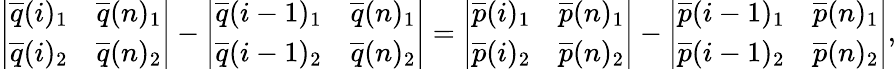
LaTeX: \left|\begin{array}{ll}{\overline{{q}}(i)_{1}}&{\overline{{q}}(n)_{1}}\\ {\overline{{q}}(i)_{2}}&{\overline{{q}}(n)_{2}}\end{array}\right|-\left|\begin{array}{ll}{\overline{{q}}(i-1)_{1}}&{\overline{{q}}(n)_{1}}\\ {\overline{{q}}(i-1)_{2}}&{\overline{{q}}(n)_{2}}\end{array}\right|=\left|\begin{array}{ll}{\overline{{p}}(i)_{1}}&{\overline{{p}}(n)_{1}}\\ {\overline{{p}}(i)_{2}}&{\overline{{p}}(n)_{2}}\end{array}\right|-\left|\begin{array}{ll}{\overline{{p}}(i-1)_{1}}&{\overline{{p}}(n)_{1}}\\ {\overline{{p}}(i-1)_{2}}&{\overline{{p}}(n)_{2}}\end{array}\right|,